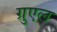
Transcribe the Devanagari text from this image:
ग्रुएल